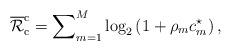
LaTeX: \begin{align*}{\overline{\mathcal{R}}}_{\rm{c}}^{\rm{c}}=\sum\nolimits_{m=1}^{M}\log_2\left(1+\rho_mc_m^{\star}\right),\end{align*}